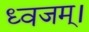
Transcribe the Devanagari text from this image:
ध्वजम्।